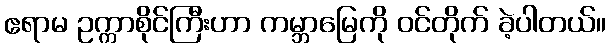
ဧရာမ ဥက္ကာစိုင်ကြီးဟာ ကမ္ဘာမြေကို ဝင်တိုက် ခဲ့ပါတယ်။